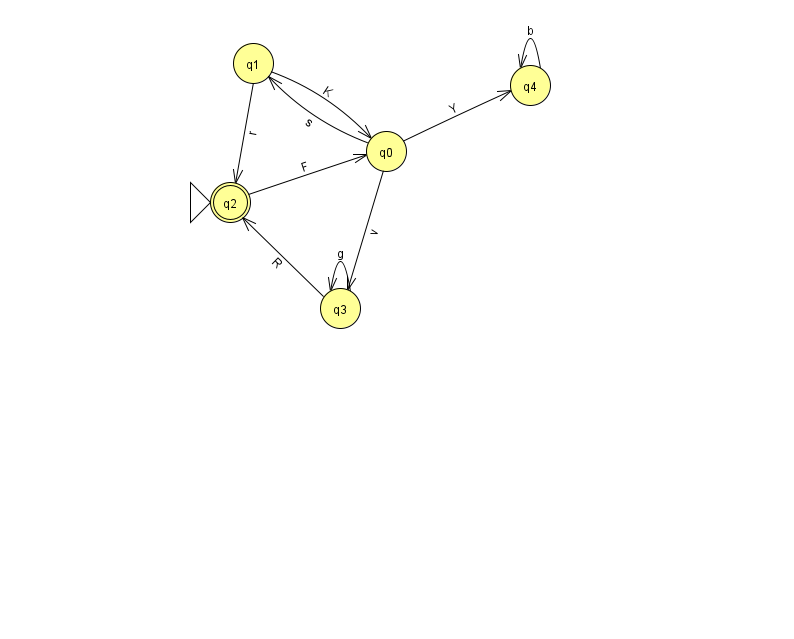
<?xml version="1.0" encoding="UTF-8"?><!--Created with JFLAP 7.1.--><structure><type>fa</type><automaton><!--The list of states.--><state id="0" name="q0"><x>386.0</x><y>138.0</y></state><state id="1" name="q1"><x>253.0</x><y>50.0</y></state><state id="2" name="q2"><x>230.0</x><y>189.0</y><initial/><final/></state><state id="3" name="q3"><x>340.0</x><y>295.0</y></state><state id="4" name="q4"><x>530.0</x><y>72.0</y></state><!--The list of transitions.--><transition><from>0</from><to>4</to><read>Y</read></transition><transition><from>1</from><to>0</to><read>K</read></transition><transition><from>4</from><to>4</to><read>b</read></transition><transition><from>3</from><to>2</to><read>R</read></transition><transition><from>1</from><to>2</to><read>r</read></transition><transition><from>3</from><to>3</to><read>g</read></transition><transition><from>0</from><to>1</to><read>s</read></transition><transition><from>2</from><to>0</to><read>F</read></transition><transition><from>0</from><to>3</to><read>v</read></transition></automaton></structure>